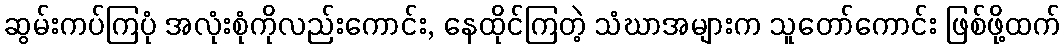
ဆွမ်းကပ်ကြပုံ အလုံးစုံကိုလည်းကောင်း, နေထိုင်ကြတဲ့ သံဃာအများက သူတော်ကောင်း ဖြစ်ဖို့ထက်